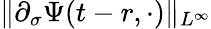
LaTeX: \| \partial_{\sigma}\Psi(t-r,\cdot)\| _{L^{\infty}}